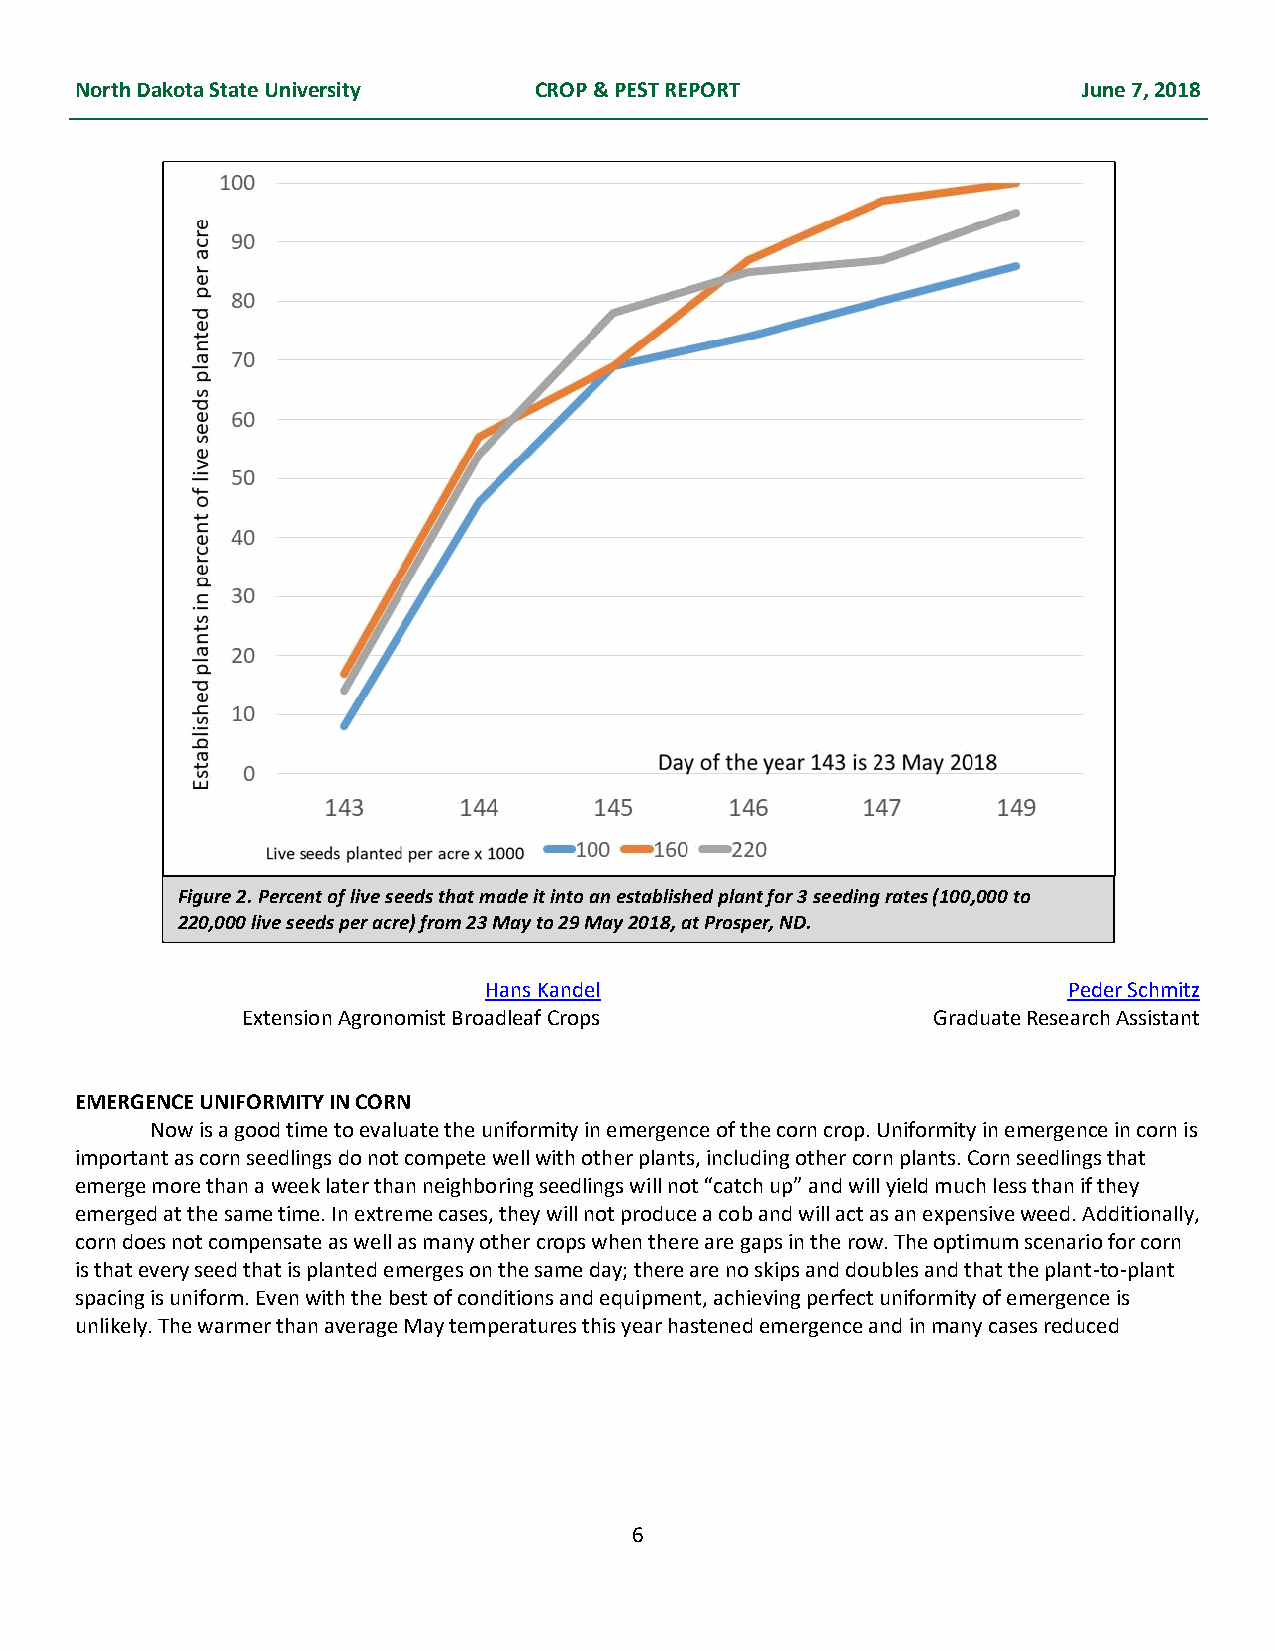
North Dakota State University CROP & PEST REPORT                   June 7, 2018
 Figure 2. Percent of live seeds that made it into an established plant for 3 seeding rates (100,000 to
 220,000 live seeds per acre) from 23 May to 29 May 2018, at Prosper, ND.
 Hans Kandel                            Peder Schmitz
 Extension Agronomist Broadleaf Crops          Graduate Research Assistant
 EMERGENCE UNIFORMITY IN CORN
 Now is a good time to evaluate the uniformity in emergence of the corn crop. Uniformity in emergence in corn is
 important as corn seedlings do not compete well with other plants, including other corn plants. Corn seedlings that
 emerge more than a week later than neighboring seedlings will not “catch up” and will yield much less than if they
 emerged at the same time. In extreme cases, they will not produce a cob and will act as an expensive weed. Additionally,
 corn does not compensate as well as many other crops when there are gaps in the row. The optimum scenario for corn
 is that every seed that is planted emerges on the same day; there are no skips and doubles and that the plant-to-plant
 spacing is uniform. Even with the best of conditions and equipment, achieving perfect uniformity of emergence is
 unlikely. The warmer than average May temperatures this year hastened emergence and in many cases reduced
 6